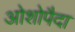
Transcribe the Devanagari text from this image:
ओशोपैदा